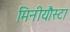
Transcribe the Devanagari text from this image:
मिनीयौस्टा